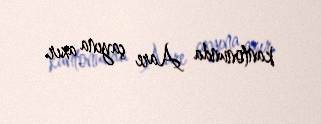
kantonunda Aare çayına axır.